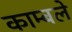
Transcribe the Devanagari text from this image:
काम्बले